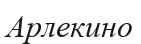
Арлекино